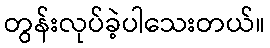
တွန်းလုပ်ခဲ့ပါသေးတယ်။